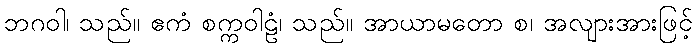
ဘဂဝါ၊ သည်။ ဧကံ စက္ကဝါဠံ၊ သည်။ အာယာမတော စ၊ အလျားအားဖြင့်